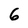
Character: 6